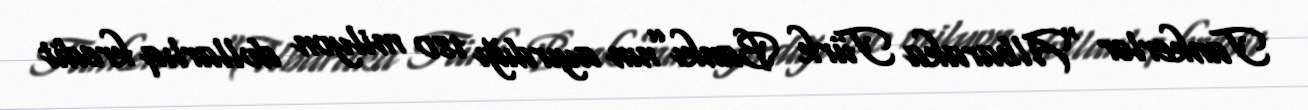
Tankerlər “Albaraka Türk Bankı”nın ayırdığı 180 milyon dollarlıq kredit